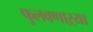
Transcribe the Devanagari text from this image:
फुलवणाऱ्या